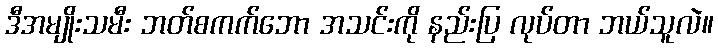
ဒီအမျိုးသမီး ဘတ်စကက်ဘော အသင်းကို နည်းပြ လုပ်တာ ဘယ်သူလဲ။